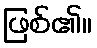
ဖြစ်၏။